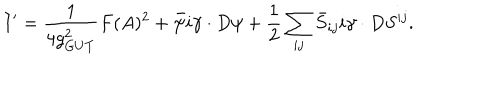
I ^ { \prime } = { \frac { 1 } { 4 g _ { G U T } ^ { 2 } } } F ( A ) ^ { 2 } + \bar { \psi } i \gamma \cdot D \psi + { \frac { 1 } { 2 } } \sum _ { i j } \bar { S } _ { i j } i \gamma \cdot D S ^ { i j } .